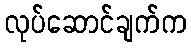
လုပ်ဆောင်ချက်က